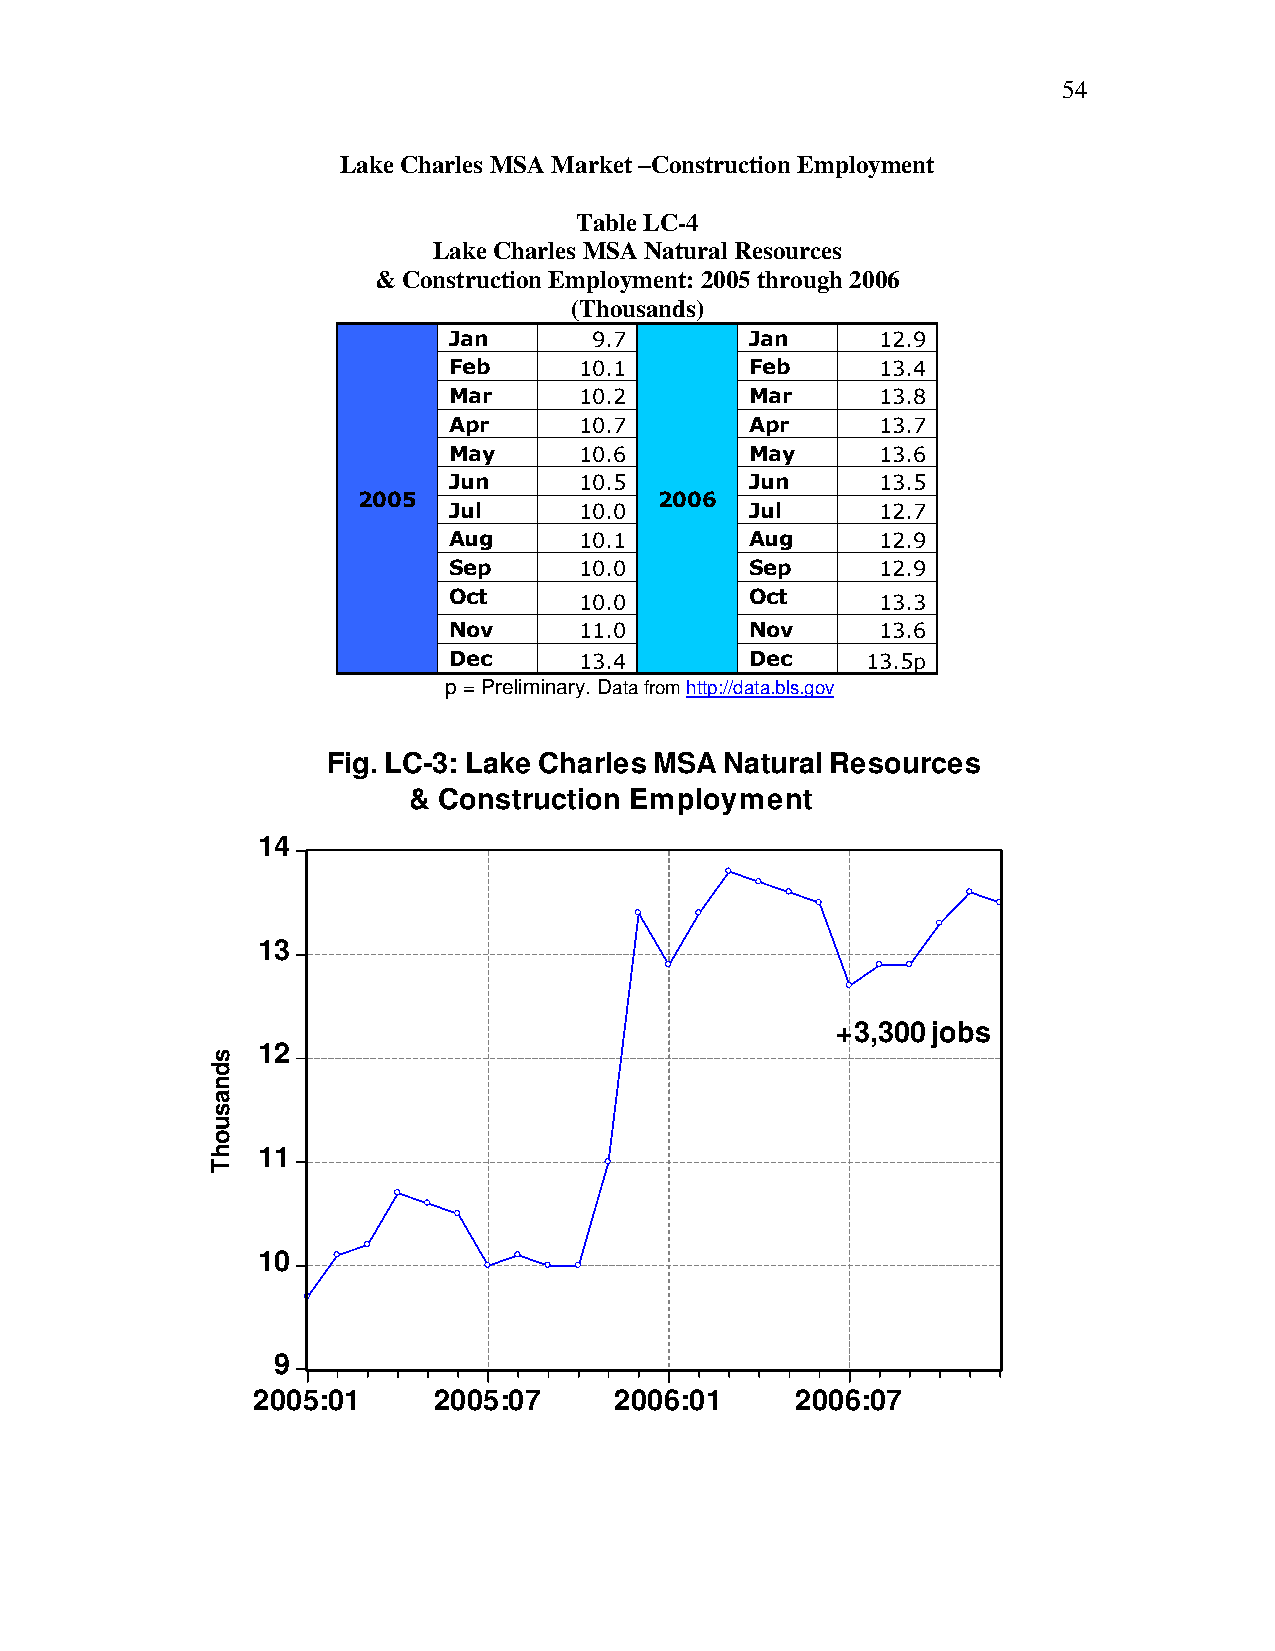
54
 Lake Charles MSA Market –Construction Employment
 Table LC-4
 Lake Charles MSA Natural Resources
 & Construction Employment: 2005 through 2006
 (Thousands)
 Jan      9.7        Jan     12.9
 Feb     10.1        Feb     13.4
 Mar     10.2        Mar     13.8
 Apr     10.7        Apr     13.7
 May     10.6        May     13.6
 Jun     10.5        Jun     13.5
 2005                2006
 Jul     10.0        Jul     12.7
 Aug     10.1        Aug     12.9
 Sep     10.0        Sep     12.9
 Oct     10.0        Oct     13.3
 Nov     11.0        Nov     13.6
 Dec     13.4        Dec    13.5p
 p = Preliminary. Data from http://data.bls.gov
 Fig. LC-3: Lake Charles MSA Natural Resources
 & Construction Employment
 14
 13
 +3,300 jobs
 12
 11
 10
 9
 2005:01     2005:07     2006:01     2006:07
 sdnasuohT